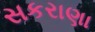
સકરાણા